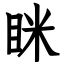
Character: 眯